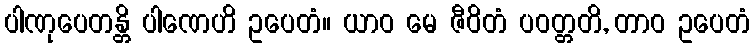
ပါဏုပေတန္တိ ပါဏေဟိ ဥပေတံ။ ယာဝ မေ ဇီဝိတံ ပဝတ္တတိ, တာဝ ဥပေတံ